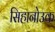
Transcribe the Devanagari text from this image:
सिहानोउक